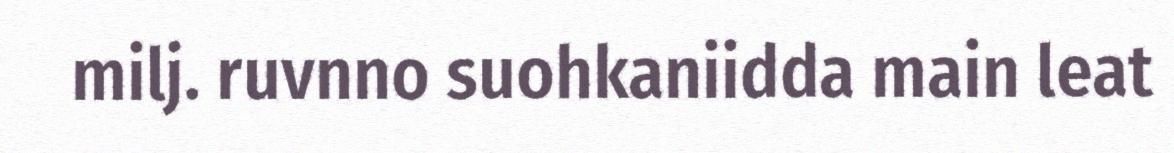
milj. ruvnno suohkaniidda main leat